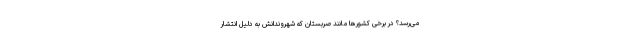
می‌رسد؟ در برخی کشورها مانند صربستان که شهروندانش به دلیل انتشار